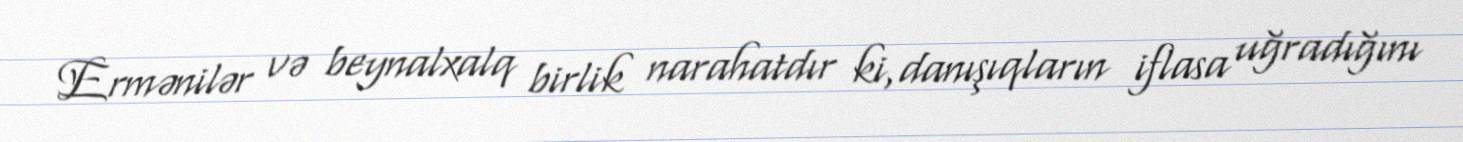
Ermənilər və beynalxalq birlik narahatdır ki,danışıqların iflasa uğradığını